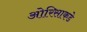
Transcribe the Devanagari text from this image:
ओरिसाकडे